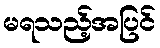
မရသည့်အပြင်